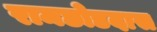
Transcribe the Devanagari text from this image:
रामछोडदास